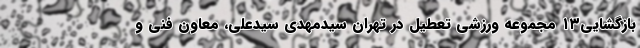
بازگشایی۱۳ مجموعه ورزشی تعطیل در تهران سیدمهدی سیدعلی، معاون فنی و